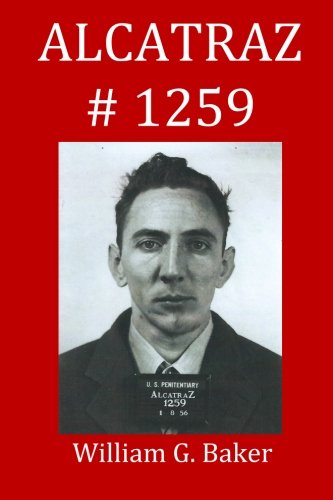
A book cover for Alcatraz-1259; William G. Baker; Biographies & Memoirs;